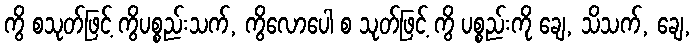
ကွိ စသုတ်ဖြင့် ကွိပစ္စည်းသက်, ကွိလောပေါ စ သုတ်ဖြင့် ကွိ ပစ္စည်းကို ချေ, သိသက်, ချေ,